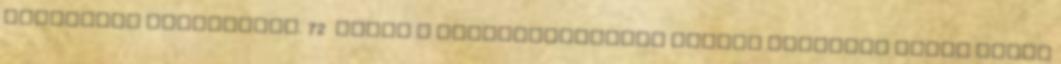
politikai pozícióját. 72 Tehát a peloponnészoszi háború kezdetén Athén abban